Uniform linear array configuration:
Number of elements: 4
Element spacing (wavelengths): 0.25
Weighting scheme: hann
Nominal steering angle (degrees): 60
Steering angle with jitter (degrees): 58.028
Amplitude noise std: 0.05
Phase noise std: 0.05

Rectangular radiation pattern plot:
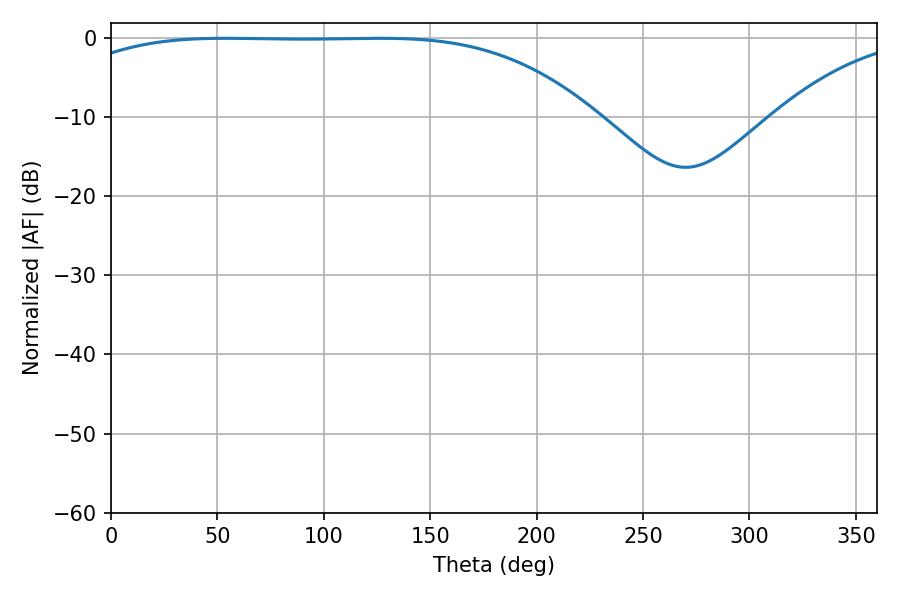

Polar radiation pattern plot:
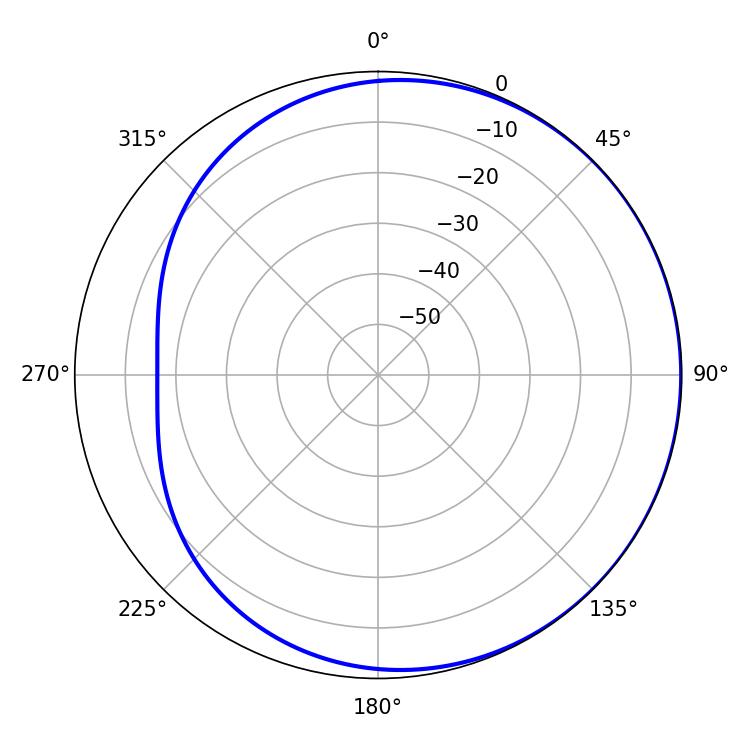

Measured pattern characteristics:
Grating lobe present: FALSE
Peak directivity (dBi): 0.7112
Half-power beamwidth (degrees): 191.16
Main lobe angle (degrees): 53.64